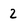
Character: 2